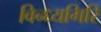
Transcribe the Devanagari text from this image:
विन्ध्यगिरि